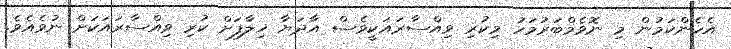
އެހެންކަމުން މި ނޮވެމްބަރުމަހު މިކުރި ވިއްސާރައަކީވެސް އާދަޔާ ޚިލާފަށް ކުރި ވިއްސާރައަކަށް ނުވެއެވެ.